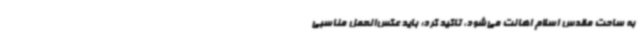
به ساحت مقدس اسلام اهانت می‌شود، تاکید کرد: باید عکس‌العمل مناسبی